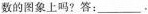
数的图象上吗?答：___.